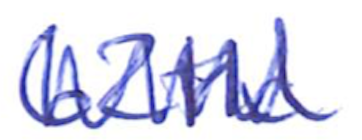
Text: 62nd
Cross-out: zig-zag
Writing tool: ballpoint